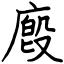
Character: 廏